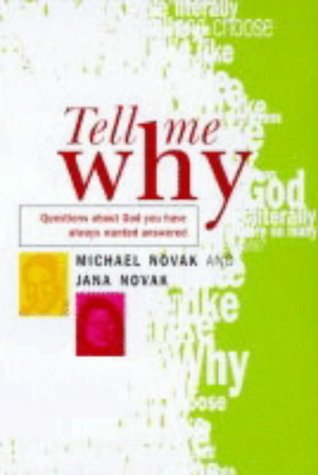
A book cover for Tell Me Why: A Young Woman Questions Her Father About God; Michael Novak; Religion & Spirituality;